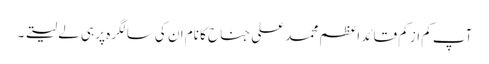
آپ کم از کم قائدِ اعظم محمد علی جناح کا نام ان کی سالگرہ پر ہی لے لیتے ۔